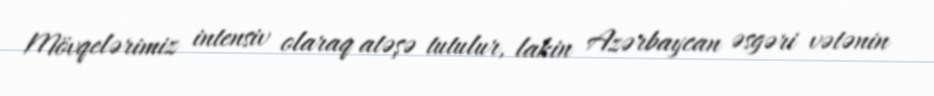
Mövqelərimiz intensiv olaraq atəşə tutulur, lakin Azərbaycan əsgəri vətənin